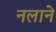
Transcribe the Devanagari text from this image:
नलाने